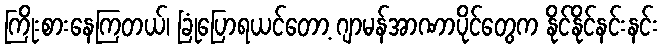
ကြိုးစားနေကြတယ်၊ ခြုံပြောရယင်တော့ ဂျာမန်အာဏာပိုင်တွေက နိုင်နိုင်နင်းနင်း